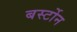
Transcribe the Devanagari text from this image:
बर्स्टोन